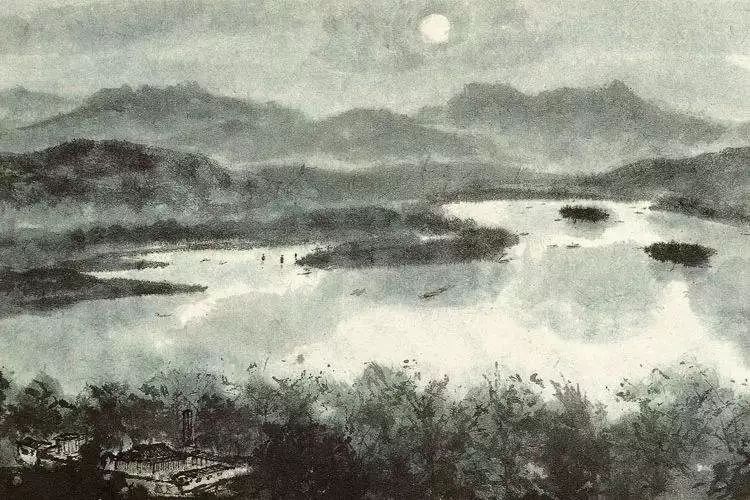
正见空江明月来，云水苍茫失江路。